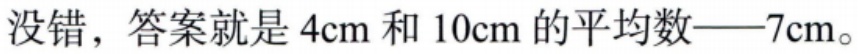
没错，答案就是 \(4\text{cm}\) 和 \(10\text{cm}\) 的平均数——\(7\text{cm}\)。